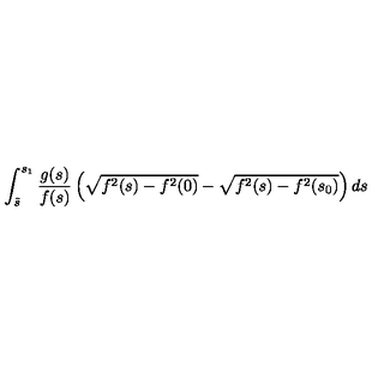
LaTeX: \int _ { \tilde { s } } ^ { s _ { 1 } } \frac { g ( s ) } { f ( s ) } \left( \sqrt { f ^ { 2 } ( s ) - f ^ { 2 } ( 0 ) } - \sqrt { f ^ { 2 } ( s ) - f ^ { 2 } ( s _ { 0 } ) } \right) d s